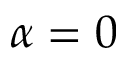
\alpha = 0